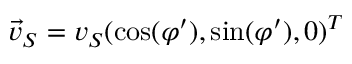
\vec { v } _ { S } = v _ { S } ( \cos ( \varphi ^ { \prime } ) , \sin ( \varphi ^ { \prime } ) , 0 ) ^ { T }